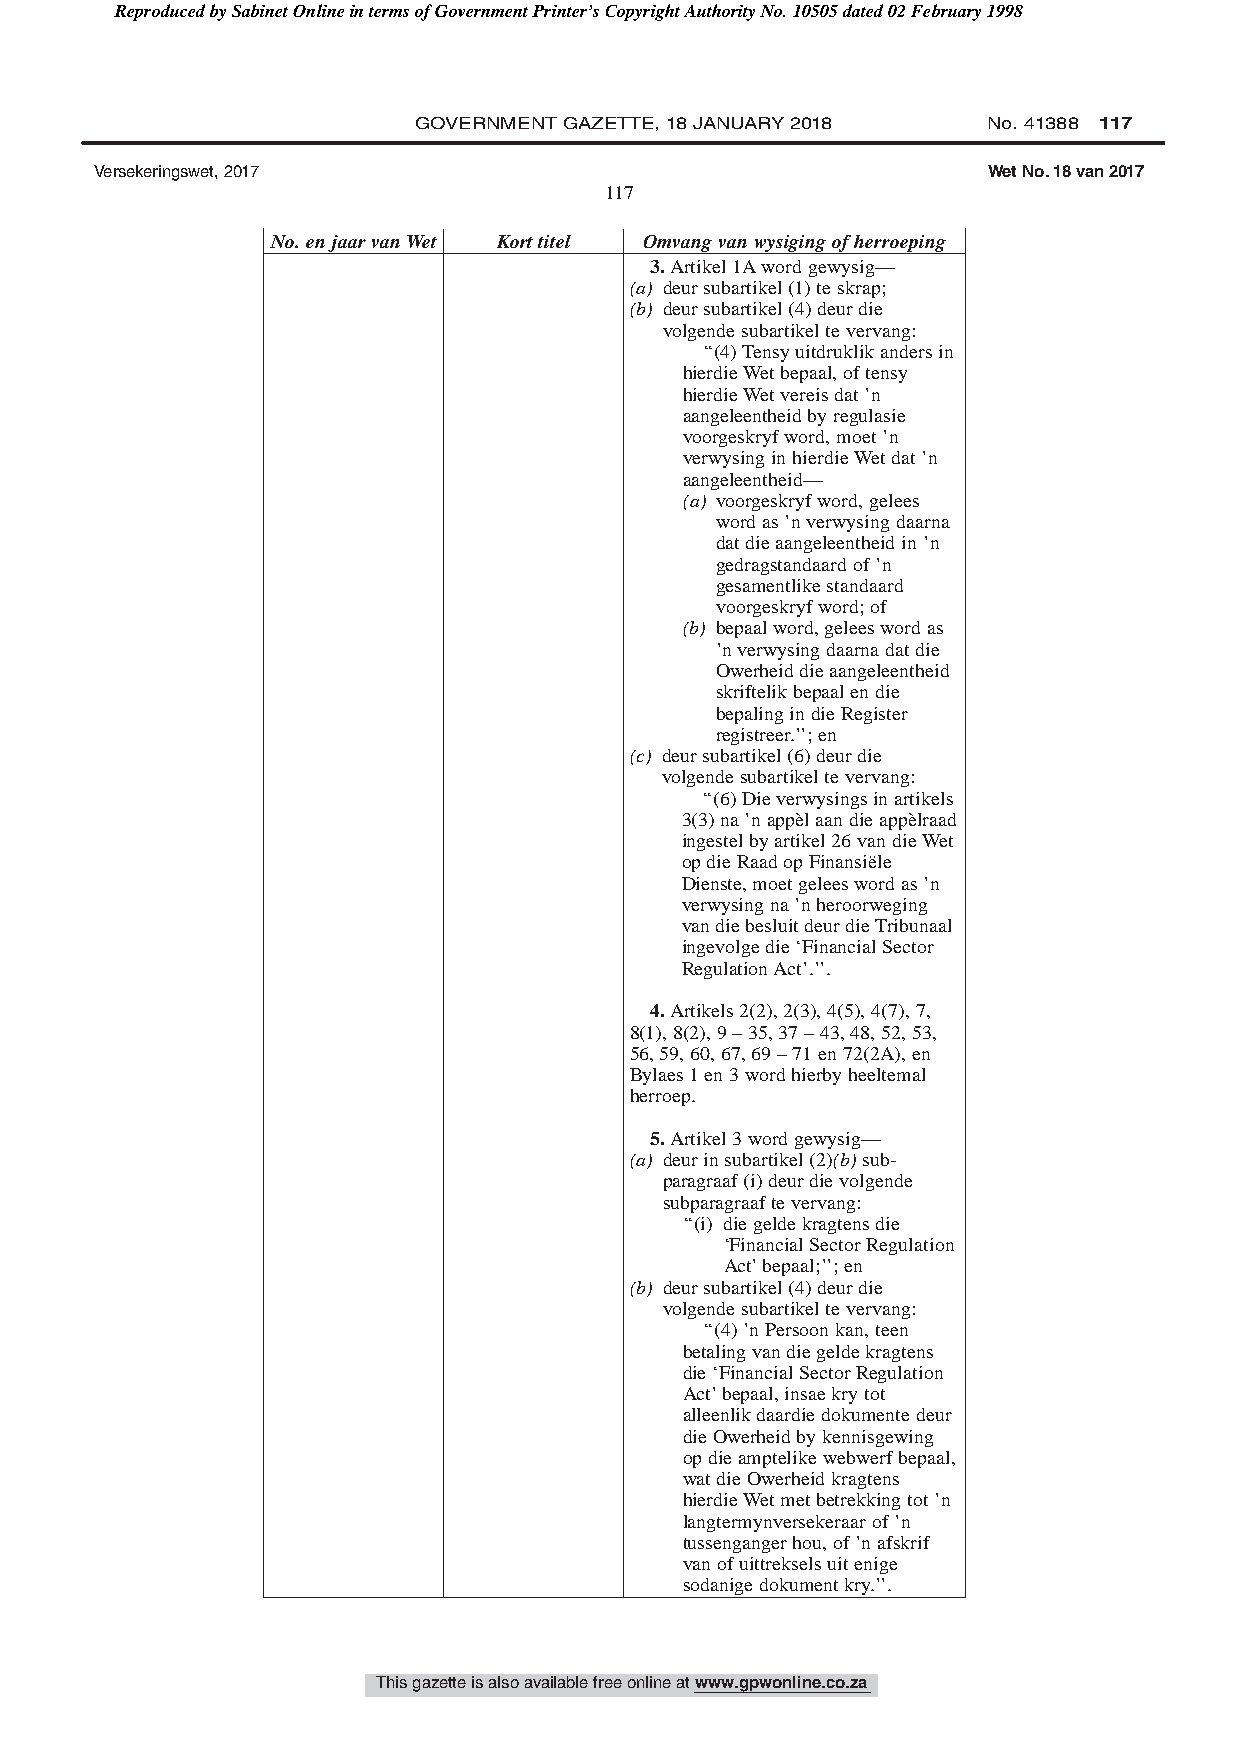
Reproduced by Sabinet Online in terms of Government Printer’s Copyright Authority No. 10505 dated 02 February 1998
 GOVERNMENT GAZETTE, 18 JANUARY 2018   No. 41388 117
 Versekeringswet, 2017                                      Wet No. 18 van 2017
 117
 No.enjaarvanWet Korttitel Omvangvanwysigingofherroeping
 3.Artikel1Awordgewysig—
 (a) deursubartikel(1)teskrap;
 (b) deursubartikel(4)deurdie
 volgendesubartikeltevervang:
 ‘‘(4)Tensyuitdruklikandersin
 hierdieWetbepaal,oftensy
 hierdieWetvereisdat’n
 aangeleentheidbyregulasie
 voorgeskryfword,moet’n
 verwysinginhierdieWetdat’n
 aangeleentheid—
 (a) voorgeskryfword,gelees
 wordas’nverwysingdaarna
 datdieaangeleentheidin’n
 gedragstandaardof’n
 gesamentlikestandaard
 voorgeskryfword;of
 (b) bepaalword,geleeswordas
 ’nverwysingdaarnadatdie
 Owerheiddieaangeleentheid
 skriftelikbepaalendie
 bepalingindieRegister
 registreer.’’;en
 (c) deursubartikel(6)deurdie
 volgendesubartikeltevervang:
 ‘‘(6)Dieverwysingsinartikels
 3(3)na’nappèlaandieappèlraad
 ingestelbyartikel26vandieWet
 opdieRaadopFinansiële
 Dienste,moetgeleeswordas’n
 verwysingna’nheroorweging
 vandiebesluitdeurdieTribunaal
 ingevolgedie‘FinancialSector
 RegulationAct’.’’.
 4.Artikels2(2),2(3),4(5),4(7),7,
 8(1),8(2),9–35,37–43,48,52,53,
 56,59,60,67,69–71en72(2A),en
 Bylaes1en3wordhierbyheeltemal
 herroep.
 5.Artikel3wordgewysig—
 (a) deurinsubartikel(2)(b)sub-
 paragraaf(i)deurdievolgende
 subparagraaftevervang:
 ‘‘(i) diegeldekragtensdie
 ‘FinancialSectorRegulation
 Act’bepaal;’’;en
 (b) deursubartikel(4)deurdie
 volgendesubartikeltevervang:
 ‘‘(4)’nPersoonkan,teen
 betalingvandiegeldekragtens
 die‘FinancialSectorRegulation
 Act’bepaal,insaekrytot
 alleenlikdaardiedokumentedeur
 dieOwerheidbykennisgewing
 opdieamptelikewebwerfbepaal,
 watdieOwerheidkragtens
 hierdieWetmetbetrekkingtot’n
 langtermynversekeraarof’n
 tussengangerhou,of’nafskrif
 vanofuittrekselsuitenige
 sodanigedokumentkry.’’.
 This gazette is also available free online at www.gpwonline.co.za